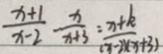
\frac { x + 1 } { x - 2 } - \frac { x } { x + 3 } = \frac { x + k } { ( x - 2 x ( x + 3 ) }